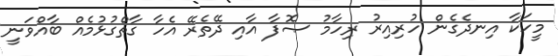
މީހަކާ އިނދެގެން ހުރިއިރު ރިހާމު ޞޮފާ އާއި ދޭތެރޭ އެހާ ގާތްގުޅުމެއް ބާއްވަނީ